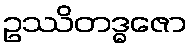
ဥဿိတဒ္ဓဇော